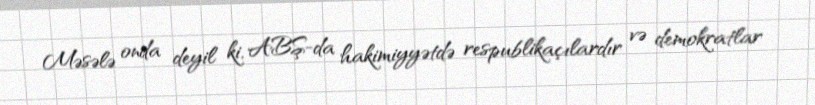
Məsələ onda deyil ki, ABŞ-da hakimiyyətdə respublikaçılardır və demokratlar